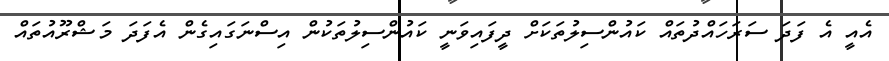
އެއީ އެ ފަދަ ސަރަހައްދުތައް ކައުންސިލުތަކަށް ދީފައިވަނީ ކައުންސިލުތަކުން އިސްނަގައިގެން އެފަދަ މަޝްރޫއުތައް